Plague in India, 1896, 1897 - Volume 1
Year: 1896
Disease focus: Plague
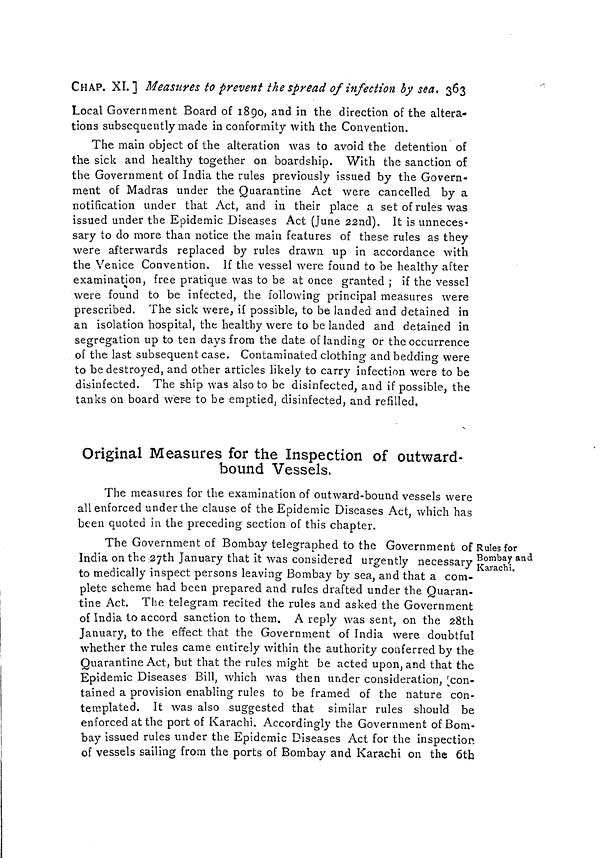
CHAP. XI.]Measures to prevent the spread of infection by sea, 363
Local Government Board of 1890, and in the direction of the altera-
tions subsequently made in conformity with the Convention.
The main object of the alteration was to avoid the detention of
the sick and healthy together on boardship. With the sanction of
the Government of India the rules previously issued by the Govern-
ment of Madras under the Quarantine Act were cancelled by a
notification under that Act, and in their place a set of rules was
issued under the Epidemic Diseases Act (June 22nd). It is unneces-
sary to do more than notice the main features of these rules as they
were afterwards replaced by rules drawn up in accordance with
the Venice Convention. If the vessel were found to be healthy after
examination, free pratique was to be at once granted ; if the vessel
were found to be infected, the following principal measures were
prescribed. The sick were, if possible, to be landed and detained in
an isolation hospital, the healthy were to be landed and detained in
segregation up to ten days from the date of landing or the occurrence
of the last subsequent case. Contaminated clothing and bedding were
to be destroyed, and other articles likely to carry infection were to be
disinfected. The ship was also to be disinfected, and if possible, the
tanks on board were to be emptied, disinfected, and refilled.
Original Measures for the Inspection of outward
bound Vessels.
The measures for the examination of outward-bound vessels were
all enforced under the clause of the Epidemic Diseases Act, which has
been quoted in the preceding section of this chapter.
Rules for
Bombay and
Karachi,
The Government of Bombay telegraphed to the Government of
India on the 27th January that it was considered urgently necessary
to medically inspect persons leaving Bombay by sea, and that a com-
plete scheme had been prepared and rules drafted under the Quaran-
tine Act. The telegram recited the rules and asked the Government
of India to accord sanction to them. A reply was sent, on the 28th
January, to the effect that the Government of India were doubtful
whether the rules came entirely within the authority conferred by the
Quarantine Act, but that the rules might be acted upon, and that the
Epidemic Diseases Bill, which was then under consideration, con-
tained a provision enabling rules to be framed of the nature con-
templated. It was also suggested that similar rules should be
enforced at the port of Karachi. Accordingly the Government of Bom-
bay issued rules under the Epidemic Diseases Act for the inspection
of vessels sailing from the ports of Bombay and Karachi on the 6th